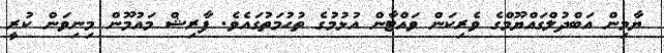
ޔާމިން އަބްދުލްގައްޔޫމްގެ ވެރިކަން ވައްޓާން އުޅުމުގެ ތުހުމަތުގައެވެ. ފާރިޝް މައުމޫން މިނިވަން ކުރީ